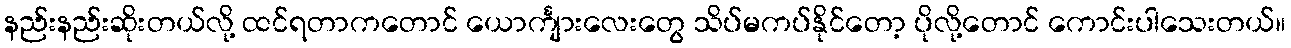
နည်းနည်းဆိုးတယ်လို့ ထင်ရတာကတောင် ယောင်္ကျားလေးတွေ သိပ်မကပ်နိုင်တော့ ပိုလို့တောင် ကောင်းပါသေးတယ်။